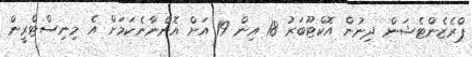
ޕްރެޒެންޓެޝަން ދިނުން އޮކްޓޫބަރު 18 އިން 19 އަށް އޮންނާނެކަމަށް އެ މިނިސްޓްރީން